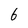
Character: 6